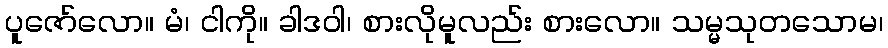
ပူဇော်လော။ မံ၊ ငါကို။ ခါဒဝါ၊ စားလိုမူလည်း စားလော။ သမ္မသုတသောမ၊